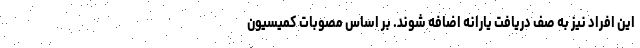
این افراد نیز به صف دریافت یارانه اضافه شوند. بر اساس مصوبات کمیسیون